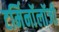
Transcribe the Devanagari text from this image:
टर्मिनाॅलाॅजी